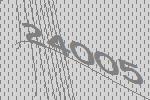
24005